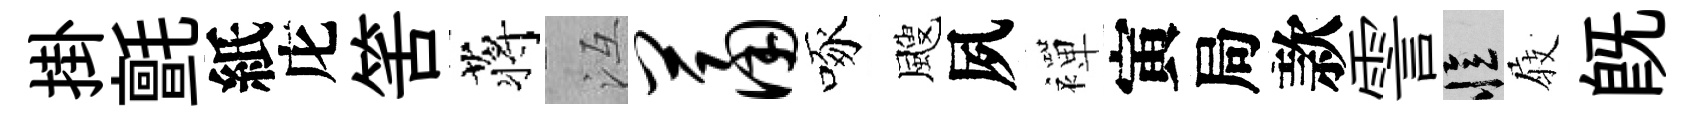
掛氈紙庀筈蒋冱萧啄颼夙襌寅局款霅忆𡲆旣